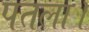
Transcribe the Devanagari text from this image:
पतला।